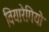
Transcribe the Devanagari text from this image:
वियारेगियो